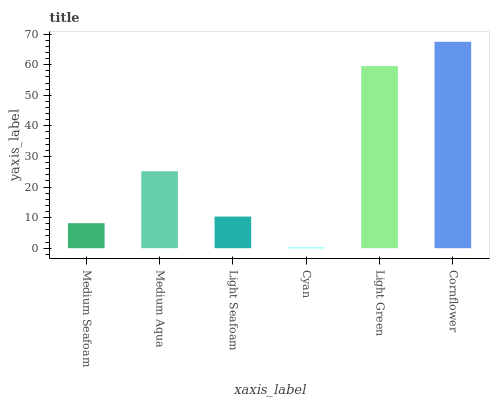
| xaxis_label | bars |
 | --- | --- |
 | Medium Seafoam | 8.18 |
 | Medium Aqua | 25.2 |
 | Light Seafoam | 10.3 |
 | Cyan | 0.178 |
 | Light Green | 59.5 |
 | Cornflower | 67.5 |